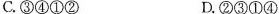
C.③④①② D.②③①④